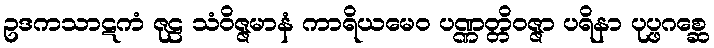
ဥဒကသာဋကံ ဇုဠ သံဝိဇ္ဇမာနံ ကာရိယမေဝ ပဏ္ဏတ္တိဝဇ္ဇာ ပရိနာ ပုပ္ဖဂစ္ဆေ